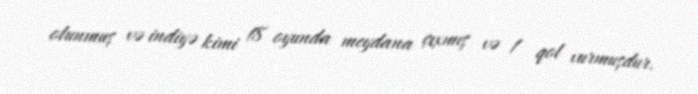
olunmuş və indiyə kimi 18 oyunda meydana çıxmış və 1 qol vurmuşdur.